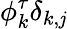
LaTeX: \phi_{k}^{\tau}\delta_{k,\mathit{j}}